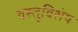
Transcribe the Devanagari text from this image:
वस्तुविशेष